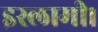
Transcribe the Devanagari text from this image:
इस्लामी।